Scottish Leaving Certificate Examination, 1951
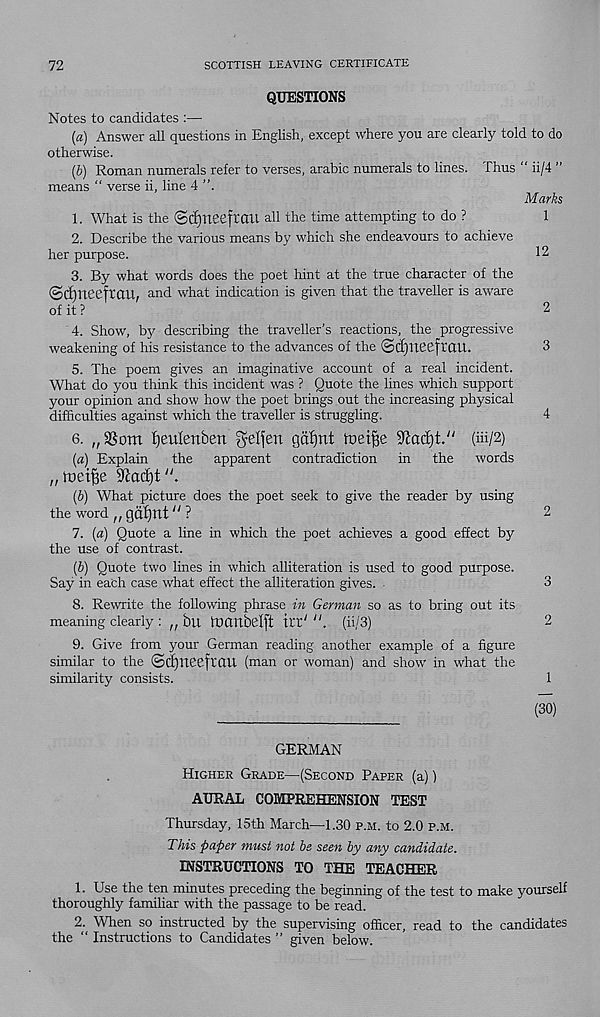
72
SCOTTISH LEAVING CERTIFICATE
QUESTIONS
Notes to candidates :—
(а) Answer all questions in English, except where you are clearly told to do
otherwise.
(б) Roman numerals refer to verses, arable numerals to lines. Thus “ ii/4 ”
means " verse ii, line 4
Marks
1. What is the @c£)tteeftaU all the time attempting to do ?
1
2. Describe the various means by which she endeavours to achieve
her purpose.
12
3. By what words does the poet hint at the true character of the
©cfyneeftau, and what indication is given that the traveller is aware
of it ?
2
4. Show, by describing the traveller’s reactions, the progressive
weakening of his resistance to the advances of the (Scfjneeftatl.
3
5. The poem gives an imaginative account of a real incident.
What do you think this incident was ? Quote the lines which support
your opinion and show how the poet brings out the increasing physical
difficulties against which the traveller is struggling.
4
6. „ SSom tjeulenben gelfen gafynt toeifje Sftadjt." (iii/2)
(а) Explain
the apparent contradiction in the words
„foetf3e 9£ad)t".
(б) What picture does the poet seek to give the reader by using
the word n g&fynt" ?
2
7. (a) Quote a line in which the poet achieves a good effect by
the use of contrast.
[b) Quote two lines in which alliteration is used to good purpose.
Say in each case what effect the alliteration gives.
3
8. Rewrite the following phrase in German so as to bring out its
meaning clearly : „ bu ftmilbelft ttt'
(ii/3)
2
9. Give from your German reading another example of a figure
similar to the <Scf)TteeftaU (man or woman) and show in what the
similarity consists.
1
(30)
GERMAN
Higher Grade—(Second Paper (a))
AURAL COMPREHENSION TEST
Thursday, 15th March—1.30 p.m. to 2.0 p.m.
This paper must not be seen by any candidate.
INSTRUCTIONS TO THE TEACHER
1. Use the ten minutes preceding the beginning of the test to make yourself
thoroughly familiar with the passage to be read.
2. When so instructed by the supervising officer, read to the candidates
the “ Instructions to Candidates ” given below.